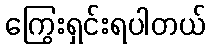
ကြွေးရှင်းရပါတယ်